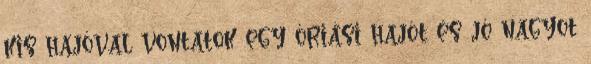
kis hajóval vontatok egy óriási hajót és jó nagyot